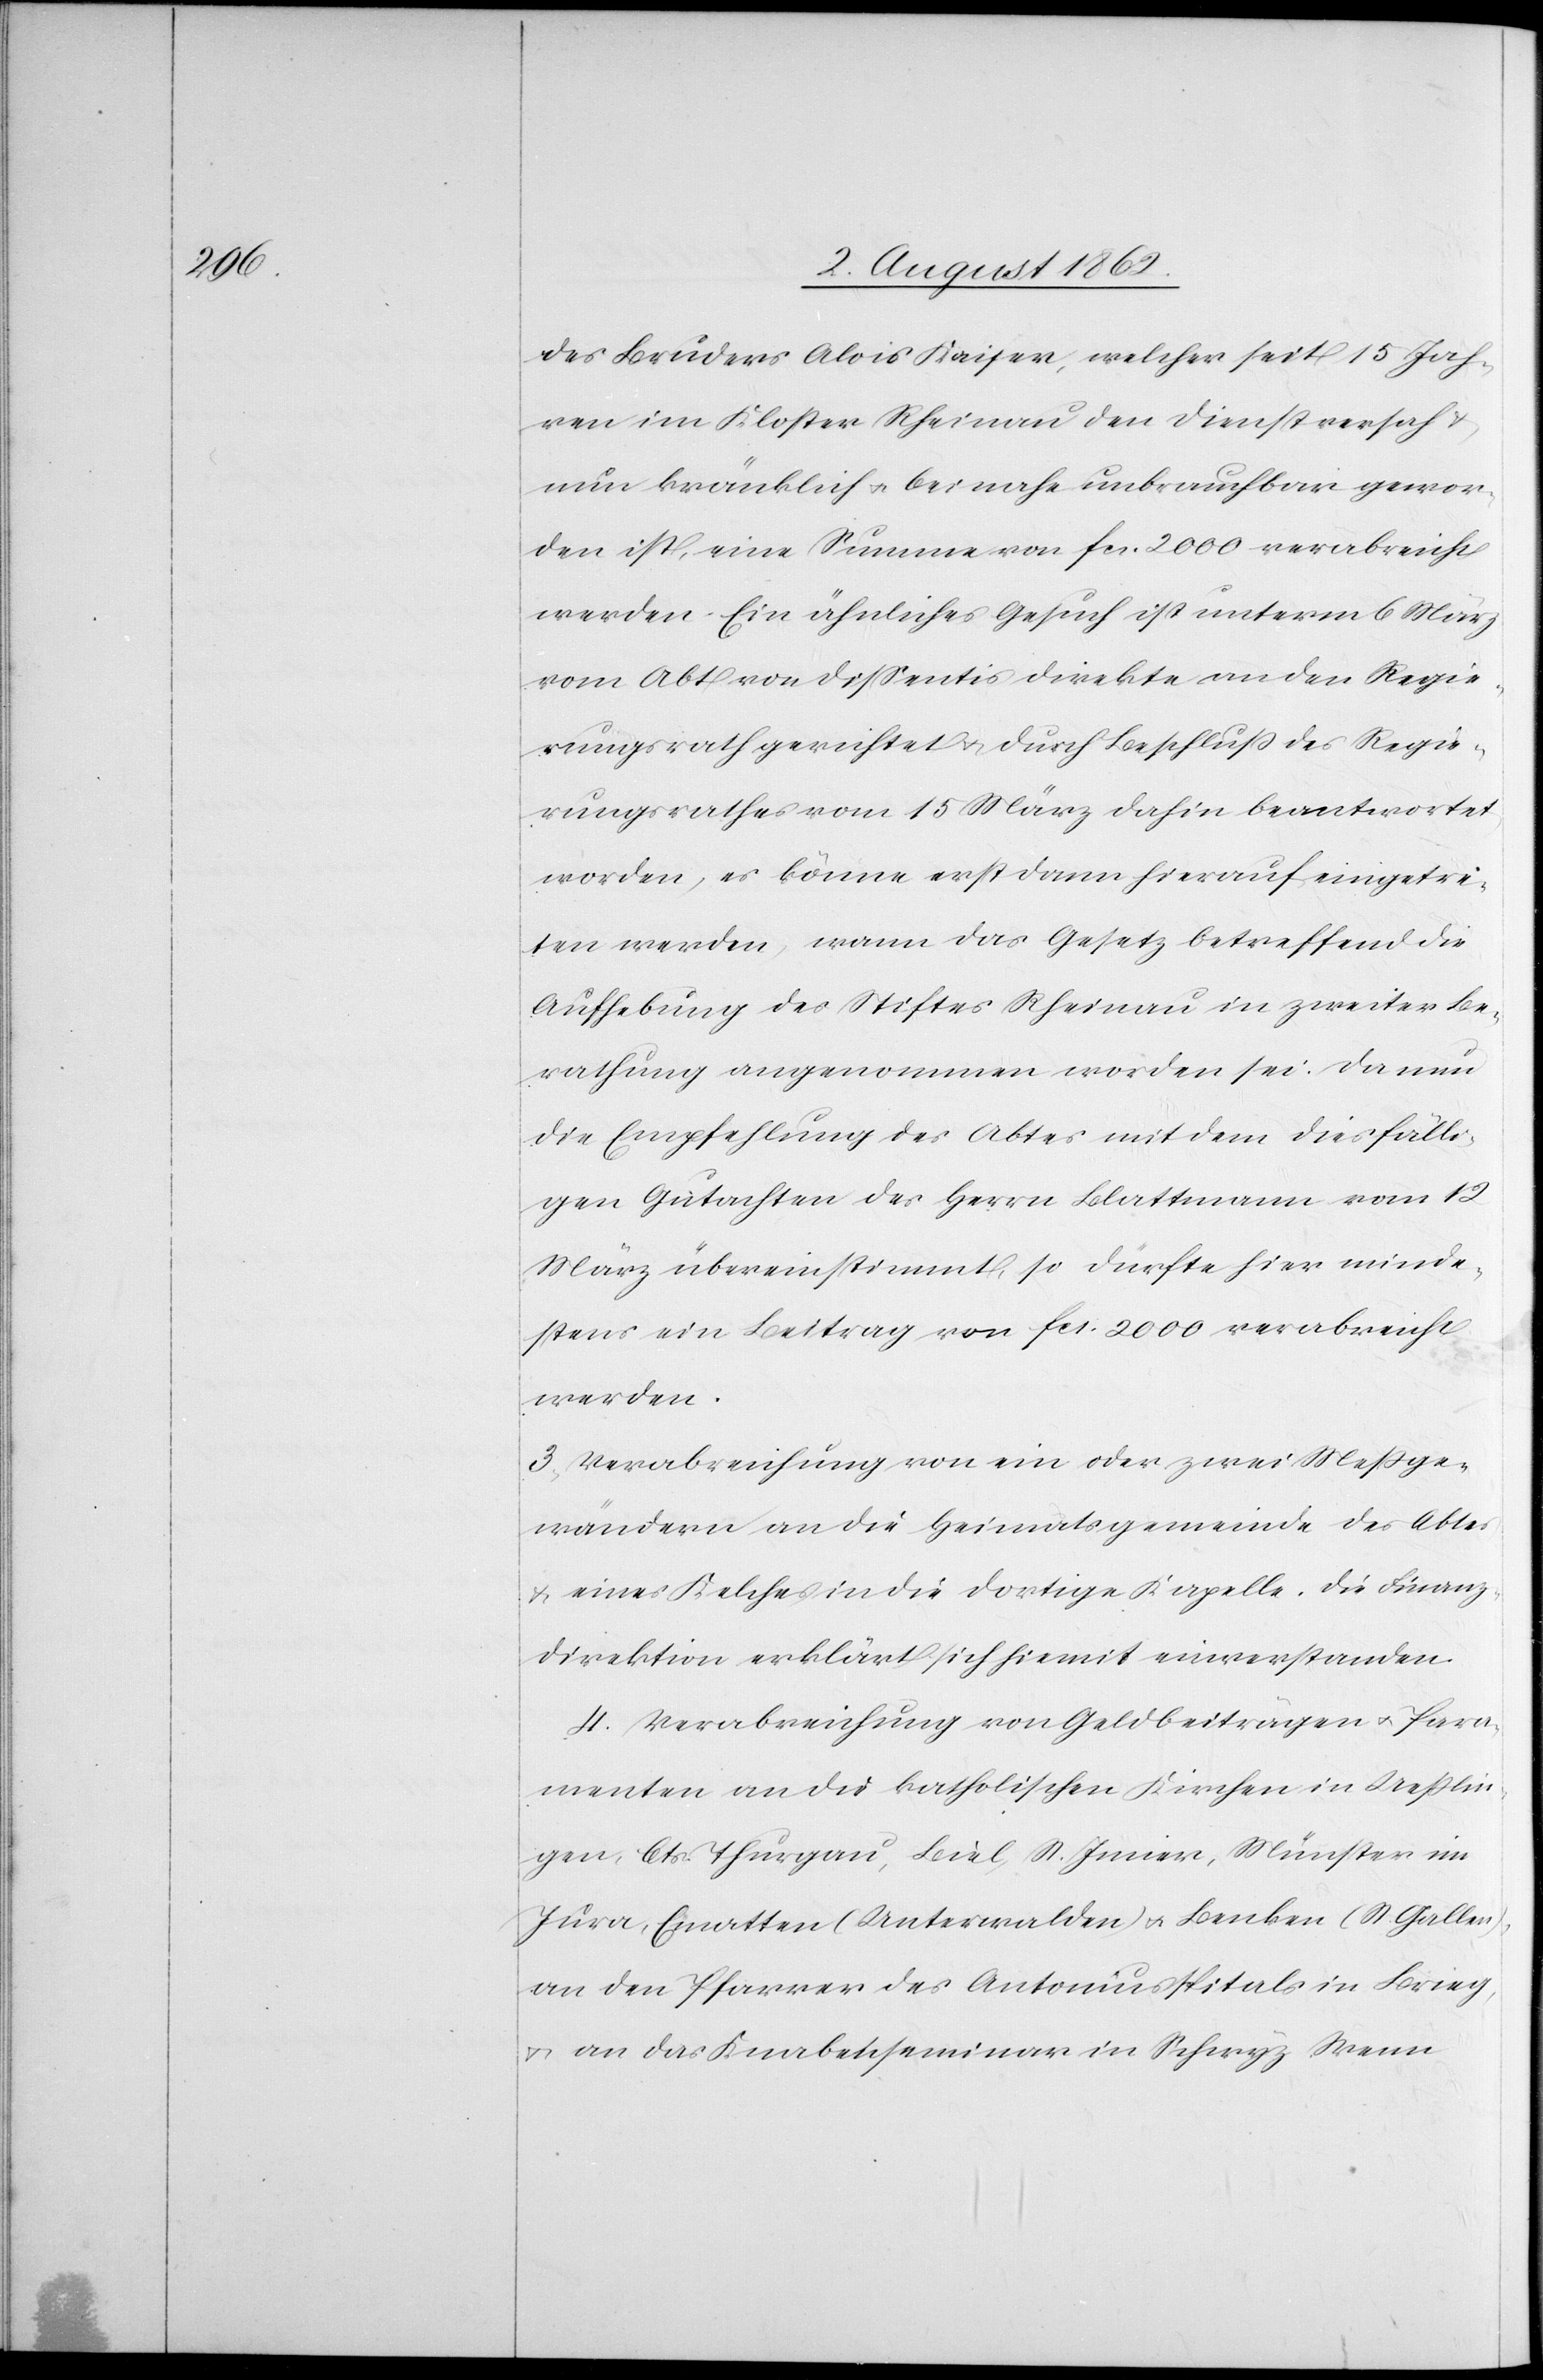
des Bruders Alois Kaiser, welcher seit 15 Jah¬
ren im Kloster Rheinau den Dienst versah u.
nun kränklich u. beinahe unbrauchbar gewor¬
den ist, eine Summe von fcs. 2000 verabreicht
werden. Ein ähnliches Gesuch ist unterm 6. März
vom Abt von Dißentis direkte an den Regie¬
rungsrath gerichtet u. durch Beschluß des Regie¬
rungsrathes vom 15. März dahin beantwortet
worden, es könne erst dann hierauf eingetre¬
ten werden, wann das Gesetz betreffend die
Aufhebung des Stiftes Rheinau in zweiter Be¬
rathung angenommen worden sei. Da neu
die Empfehlung des Abtes mit dem diesfälli¬
gen Gutachten des Herrn Blattmann vom 12.
März übereinstimmt, so dürfte hier minde¬
stens ein Beitrag von fcs. 2000 verabreicht
werden.
3. Verabreichung von ein oder zwei Meßge¬
wändern an die Heimatsgemeinde des Abtes
u. eines Kelches in die dortige Kapelle. Die Finanz¬
direktion erklärt sich hiemit einverstanden.
4. Verabreichung von Geldbeiträgen u. Para¬
menten an die katholischen Kirchen in Ueßlin¬
gen, Cts. Thurgau, Biel, St. Imier, Münster im
Jura, Ematten (Unterwalden) u. Bencken (St. Gallen),
an den Pfarrer des Antoniusspitals in Brieg,
u. an das Knabenseminar in Schwyz. Wenn